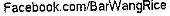
FACEBOOK.COM/BARWANGRICE